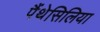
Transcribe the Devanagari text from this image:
पैंथेसिलिया